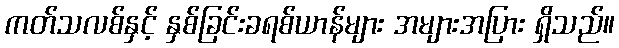
ကတ်သလစ်နှင့် နှစ်ခြင်းခရစ်ယာန်များ အများအပြား ရှိသည်။